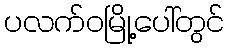
ပလက်ဝမြို့ပေါ်တွင်